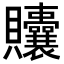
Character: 𬥲